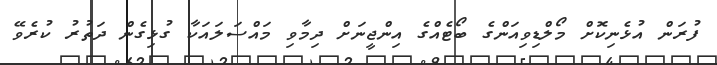
ފުރަން އުޅެނިކޮށް މޯލްޑިވިއަންގެ ބޯޓެއްގެ އިންޖީނަށް ދިމާވި މައްސަލައަކާ ގުޅިގެން ދަތުރު ކުރެވޭ